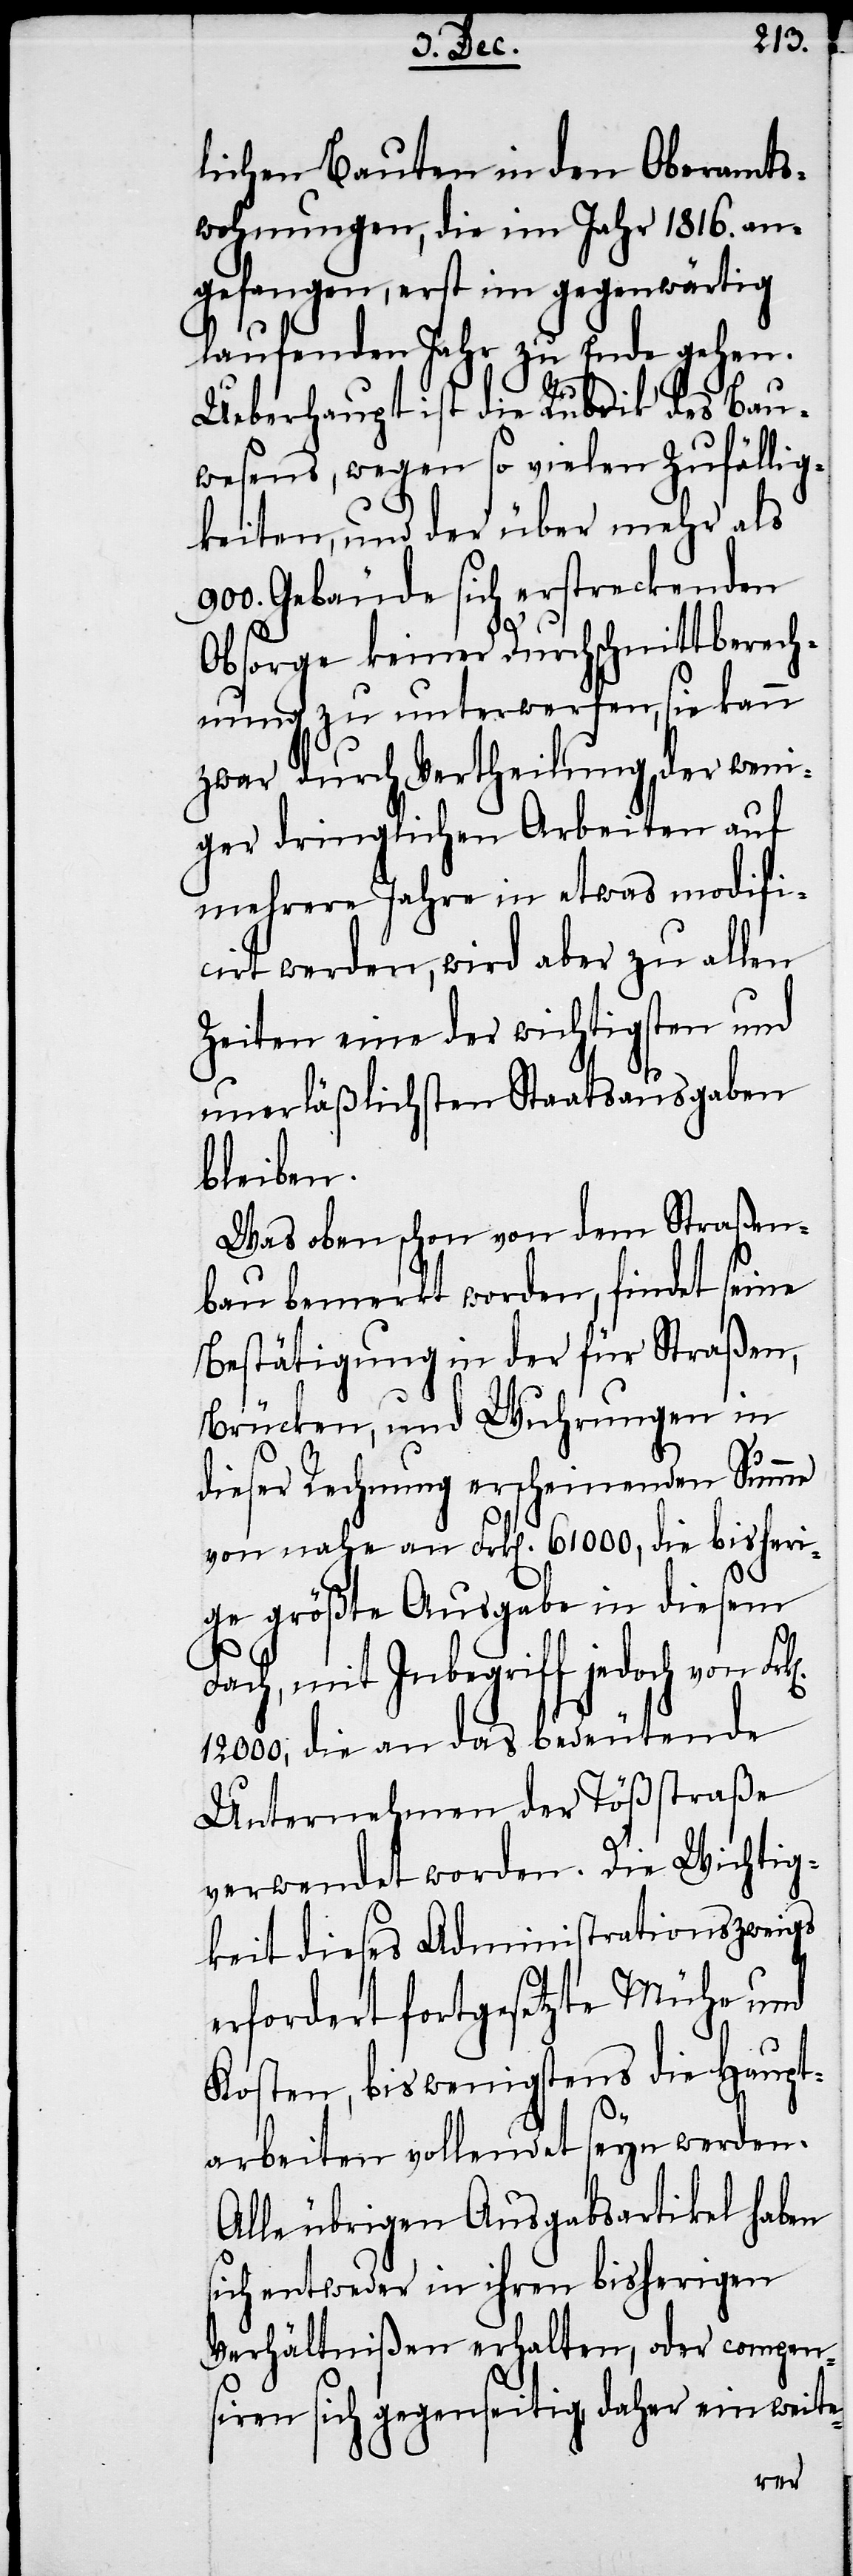
lichen Bauten in den Oberamts¬
wohnungen, die im Jahr 1816. an¬
gefangen, erst im gegenwärtig
laufenden Jahr zu Ende gehen.
Ueberhaupt ist die Rubrik des Bau¬
wesens, wegen so vielen Zufällig¬
keiten, und der über mehr als
900. Gebäude sich erstreckenden
Obsorge keiner Durchschnittberech¬
nung zu unterwerfen, sie kann
zwar durch Vertheilung der weni¬
ger dringlichen Arbeiten auf
mehrere Jahre in etwas modifi¬
cirt werden, wird aber zu allen
Zeiten eine der wichtigsten und
unerläßlichsten Staatsausgaben
bleiben.
Was oben schon von dem Straßen¬
bau bemerkt worden, findet seine
Bestätigung in der für Straßen,
Brücken, und Wuhrungen in
dieser Rechnung erscheinenden Summe
von nahe an Frk[en]. 61000, die bisheri¬
ge größte Ausgabe in diesem
Fach, mit Inbegriff jedoch von Fr¬
12000, die an das bedeutende
Unternehmen der Tößstraße
verwendet worden. Die Wichtig¬
keit dieses Administrationszweigs
erfordert fortgesetzte Mühe und
Kosten, bis wenigstens die Haupt¬
arbeiten vollendet seyn werden.
Alle übrigen Ausgabsartikel haben
sich entweder in ihren bisherigen
Verhältnißen erhalten, oder compen¬
siren sich gegenseitig, daher ein weite-
k[en].